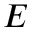
E